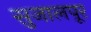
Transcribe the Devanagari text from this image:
सुजालपूर